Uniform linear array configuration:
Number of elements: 24
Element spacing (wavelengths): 1
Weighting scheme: hann
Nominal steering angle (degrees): -45
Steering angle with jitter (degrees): -43.585
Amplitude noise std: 0.05
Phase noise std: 0.05

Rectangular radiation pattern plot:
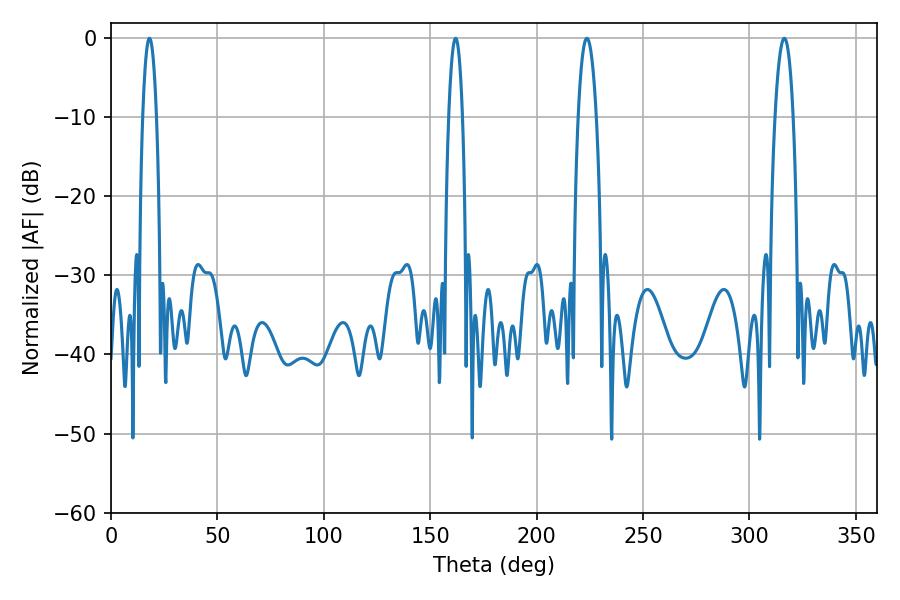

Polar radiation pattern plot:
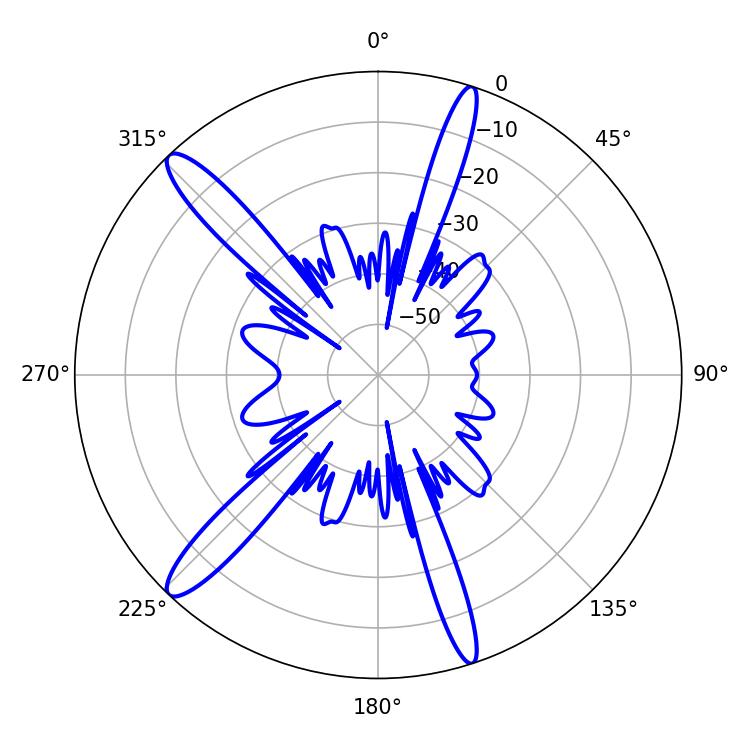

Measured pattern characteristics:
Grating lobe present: TRUE
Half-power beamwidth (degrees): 4.86
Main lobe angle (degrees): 223.56